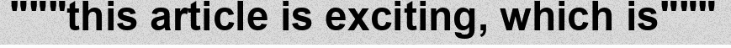
"""this article is exciting, which is"""